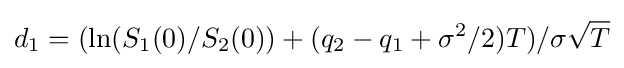
d_{1}=(\ln(S_{1}(0)/S_{2}(0))+(q_{2}-q_{1}+\sigma ^{2}/2)T)/\sigma {\sqrt {T}}